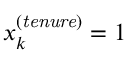
x _ { k } ^ { \mathit { ( t e n u r e ) } } = 1